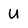
Character: U